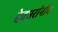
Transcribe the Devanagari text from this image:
देवधरांनीच